Causation and prevention of malarial fevers: a statement of the results of researches drawn up for the use of assistant surgeons, hospital assistants and students
Disease focus: Malaria
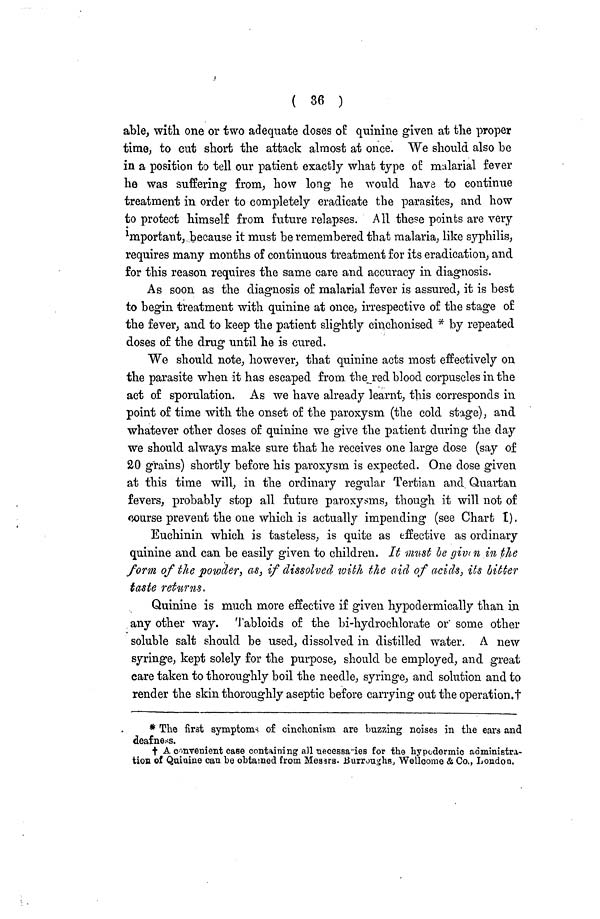
( 36 )
able, with one or two adequate doses of quinine given at the proper
time, to cut short the attack almost at once. We should also be
in a position to tell our patient exactly what type of malarial fever
he was suffering from, how long he would have to continue
treatment in order to completely eradicate the parasites, and how
to protect himself from future relapses. All these points are very
1
mportant, because it must be remembered that malaria, like syphilis,
requires many months of continuous treatment for its eradication, and
for this reason requires the same care and accuracy in diagnosis.
As soon as the diagnosis of malarial fever is assured, it is best
to begin treatment with quinine at once, irrespective of the stage of
the fever, and to keep the patient slightly cinchonised * by repeated
doses of the drug until he is cured.
We should note, however, that quinine acts most effectively on
the parasite when it has escaped from the red blood corpuscles in the
act of sporulation. As we have already learnt, this corresponds in
point of time with the onset of the paroxysm (the cold stage), and
whatever other closes of quinine we give the patient during the day
we should always make sure that he receives one large dose (say of
20 grains) shortly before his paroxysm is expected. One dose given
at this time will, in the ordinary regular Tertian and Quartan
fevers, probably stop all future paroxysms, though it will not of
course prevent the one which is actually impending (see Chart I).
Euchinin which is tasteless, is quite as effective as ordinary
quinine and can be easily given to children. It must be given in the
form of the powder, as, if dissolved with the aid of acids, its bitter
taste returns,
Quinine is much more effective if given hypoclermically than in
any other way. Tabloids of the bi-hydrochlorate or some other
soluble salt should be used, dissolved in distilled water. A new
syringe, kept solely for the purpose, should be employed, and great
care taken to thoroughly boil the needle, syringe, and solution and to
render the skin thoroughly aseptic before carrying out the operation.†
* The first symptoms of cinchonism are buzzing noises in the ears and
deafness.
† A convenient case containing all necessa"ies for the hypodermic administra-
tion of Quinine can he obtained from Messrs. Burroughs, Wellcome & Co., London.